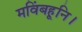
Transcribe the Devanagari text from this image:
मविंबहूनि।